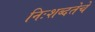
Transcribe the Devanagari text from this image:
निःशब्दतेचे